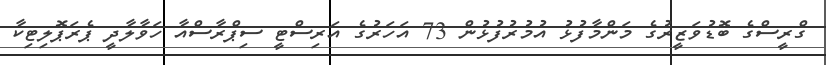
ގްރީސްގެ ބޮޑުވަޒީރުގެ މަންމާފުޅު އުމުރުފުޅުން 73 އަހަރުގެ އަރިސްޓީ ސިޕްރާސްއާ ހަވާލާދީ ޕެރަޕޮލިޓިކާ